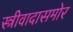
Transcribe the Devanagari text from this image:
स्त्रीवादासमोर